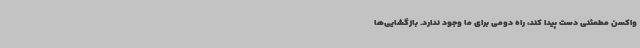
واکسن مطمئنی دست پیدا کند، راه دومی برای ما وجود ندارد. بازگشایی‌ها